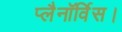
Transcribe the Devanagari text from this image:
प्लैनॉर्विस।